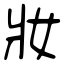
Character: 妝